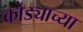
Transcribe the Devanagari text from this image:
कोड्याच्या